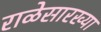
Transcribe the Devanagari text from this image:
राळेसारख्या